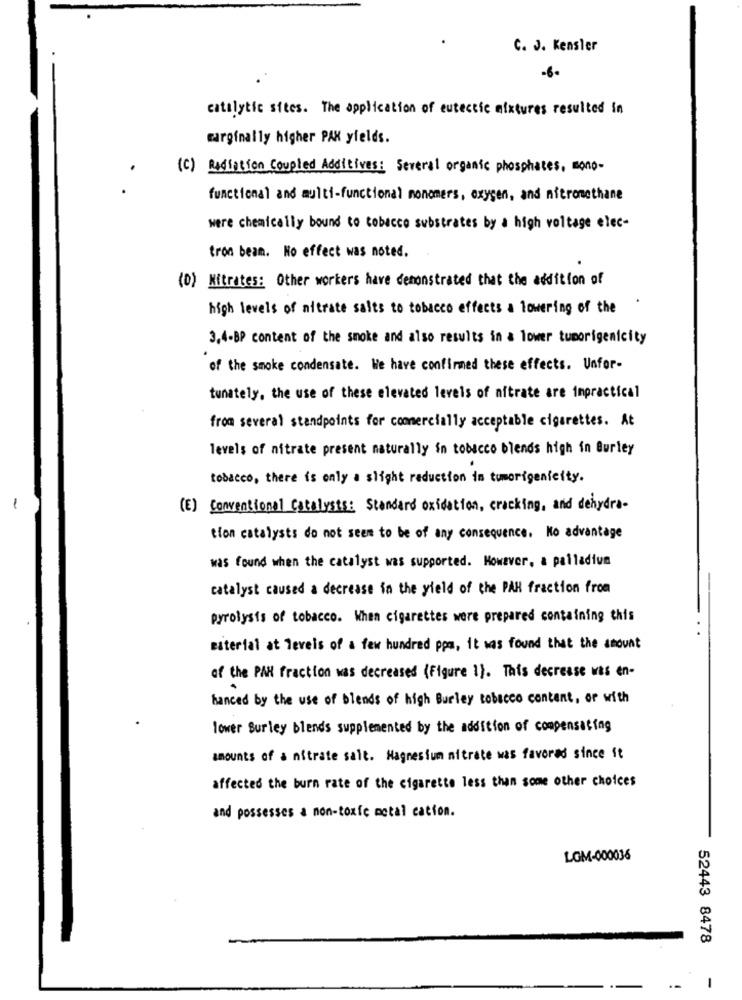
C. J. Kensler
-6-
catalytic sites. The application of eutectic mixtures resulted in
wirginally higher PAX yields.
(c) Radiation Coupled Additives: Several organic phosphates, mono-
functional and multi-functional monomers, oxygen, and nitromethane
were chemically bound to tobacco substrates by a high voltage elec-
tron beam. No effect was noted.
(D) Nitrates: Other workers have demonstrated that the addition of
high levels of nitrate salts to tobacco effects a lowering of the
3,4-BP content of the smoke and also results in a lower tumorigenicity
of the smoke condensate. We have confirmed these effects. Unfor-
tunately, the use of these elevated levels of nitrate are impractical
from several standpoints for commercially acceptable cigarettes. At
levels of nitrate present naturally in tobacco blends high in Burley
tobacco, there is only a slight reduction in tumorigenicity.
-
(E) Conventional Catalysts: Standard oxidation, cracking, and dehydra-
tion catalysts do not seem to be of any consequence. No advantage
was found when the catalyst was supported. However, a palladium
catalyst caused a decrease in the field of the PAN fraction from
pyrolysis of tobacco. When cigarettes were prepared containing this
material at levels of a few hundred ppa, it was found that the amount
of the PAN fraction was decreased (Figure 1). This decrease was en-
Banced by the use of blends of high Burley tobacco content, or with
lower Surley blends supplemented by the addition of compensating
amounts of & nitrate salt. Magnesium nitrate was favored since it
affected the burn rate of the cigarette less than some other choices
and possesses a non-toxic metal cation.
LGM-000036
52443 8478
1